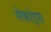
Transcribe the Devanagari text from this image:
सेकांड्स